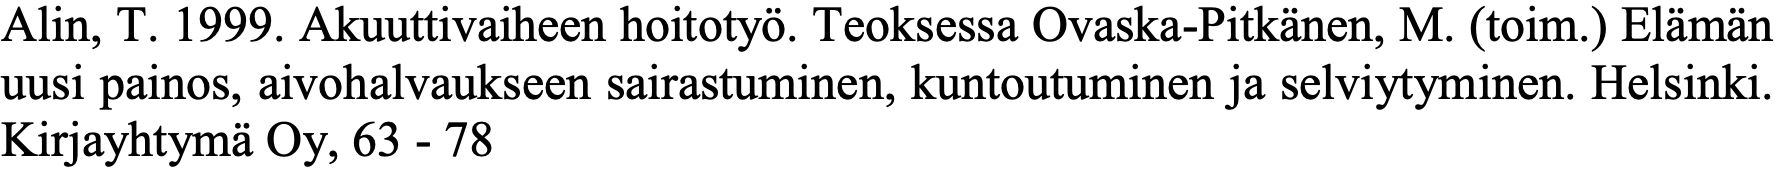
Alin, T. 1999. Akuuttivaiheen hoitotyö. Teoksessa Ovaska-Pitkänen, M. (toim.) Elämän uusi painos, aivohalvaukseen sairastuminen, kuntoutuminen ja selviytyminen. Helsinki. Kirjayhtymä Oy, 63 - 78